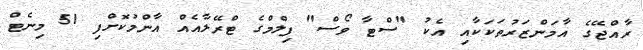
ރާއްޖޭގެ އާމަންޒަރުތަކަކާއި އެކު "ސްޓާ ވޯސް" ފިލްމްގެ ޓްރޭލާއެއް އާންމުކޮށްފި 51 މިނެޓް